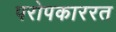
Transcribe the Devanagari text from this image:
परोपकाररत